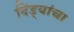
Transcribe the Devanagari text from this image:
दिंड्यांचा